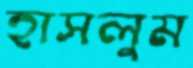
হাসলুম